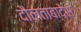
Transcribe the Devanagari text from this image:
दौलताबादेस